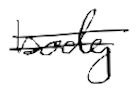
Text: body
Cross-out: double-line
Writing tool: digital_black